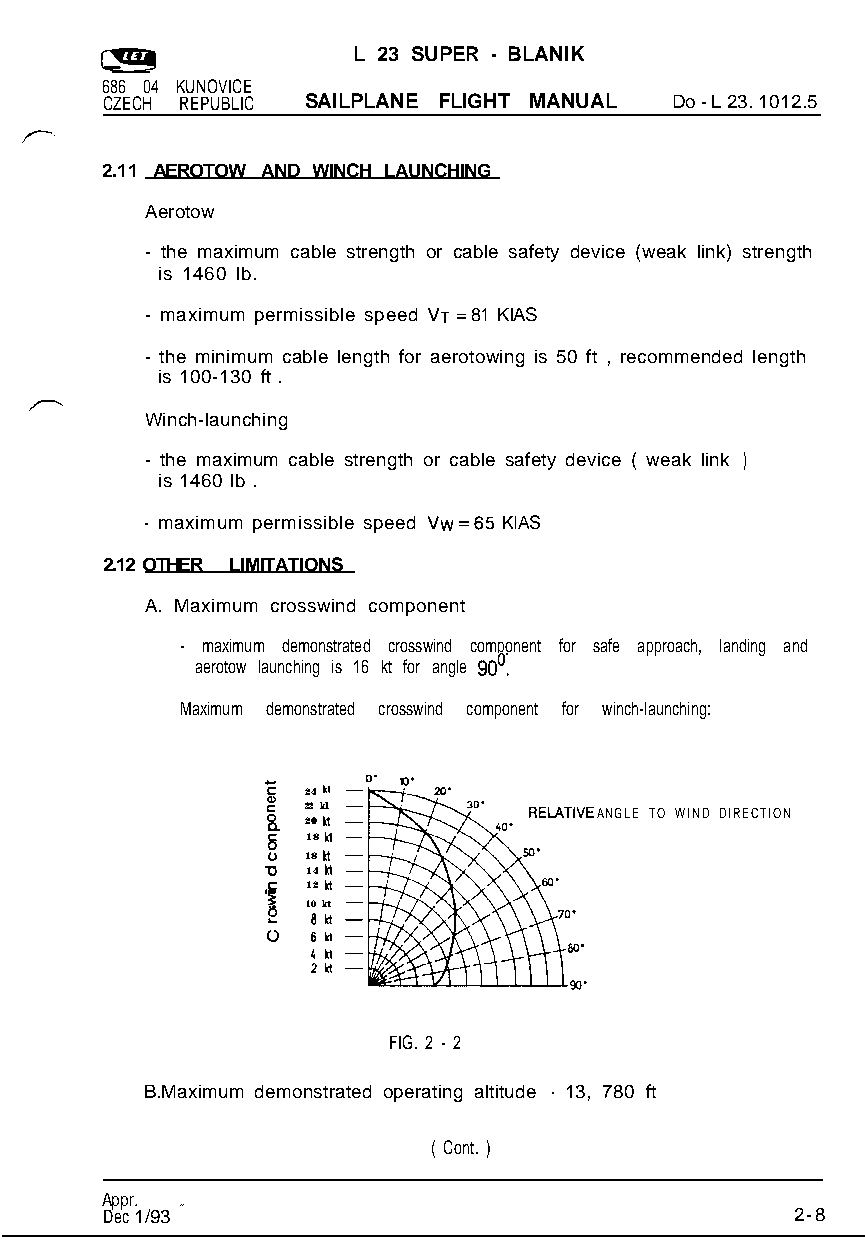
L 23 SUPER - BLANIK
 686 04 KUNOVICE
 CZECH REPUBLIC SAILPLANE FLIGHT MANUAL Do - L 23. 1012.5
 2.11 AEROTOW AND WINCH LAUNCHING
 Aerotow
 - the maximum cable strength or cable safety device (weak link) strength
 is 1460 lb.
 - maximum permissible speed VT = 81 KIAS
 - the minimum cable length for aerotowing is 50 ft , recommended length
 is 100-130 ft .
 Winch-launching
 - the maximum cable strength or cable safety device ( weak link )
 is 1460 lb .
 - maximum permissible speed Vw=65 KIAS
 2.12 OTHER LIMITATIONS
 A. Maximum crosswind component
 - maximum demonstrated crosswind component for safe approach, landing and
 aerotow launching is 16 kt for angle 90’.
 Maximum demonstrated crosswind component for winch-launching:
 E  n
 Q) 24
 5
 2 22
 0
 k nl               ANGLE TO WIND DIRECTION
 h
 18
 z 18 kt
 a 14 n
 .c- 12 n
 s v) 10 kt
 2  8kt
 0  6H
 4h
 2kl
 FIG. 2 - 2
 B.Maximum demonstrated operating altitude - 13, 780 ft
 ( Cont. )
 Appr.
 Dec 1/933 ??                                  2-8